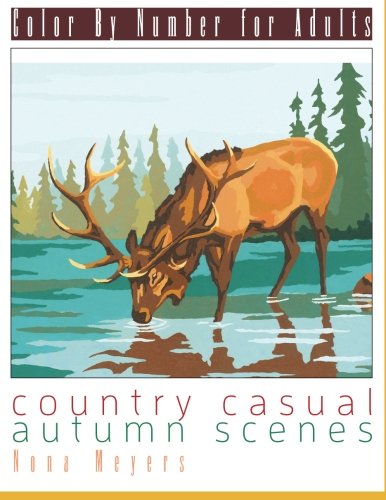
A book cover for Color By Number For Adults: Country Casual Autumn Scenes; Nona Meyers; Arts & Photography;